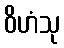
ဝိဟံသု